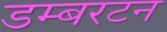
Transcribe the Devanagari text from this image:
डम्बरटन